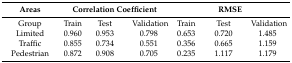
| Areas | <COLSPAN=3> Correlation Coefficient | <COLSPAN=3> RMSE |
 | --- | --- | --- | --- | --- | --- | --- |
 | Group | Train | Test | Validation | Train | Test | Validation |
 | Limited | 0.960 | 0.953 | 0.798 | 0.653 | 0.720 | 1.485 |
 | Traffic | 0.855 | 0.734 | 0.551 | 0.356 | 0.665 | 1.159 |
 | Pedestrian | 0.872 | 0.908 | 0.705 | 0.235 | 1.117 | 1.179 |